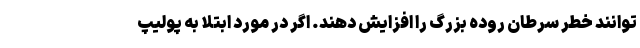
توانند خطر سرطان روده بزرگ را افزایش دهند. اگر در مورد ابتلا به پولیپ